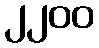
၂၂၀၀